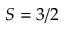
S = 3 / 2